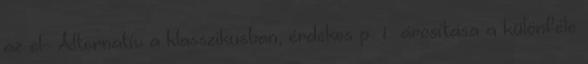
az el- Alternatív a klasszikusban, érdekes p i árosítása a különféle